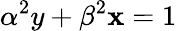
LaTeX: \alpha^{2}y+\beta^{2}\mathbf{x}=1